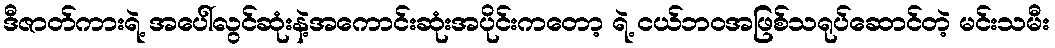
ဒီဇာတ်ကားရဲ့ အပေါ်လွင်ဆုံးနဲ့အကောင်းဆုံးအပိုင်းကတော့ ရဲ့ ငယ်ဘဝအဖြစ်သရုပ်ဆောင်တဲ့ မင်းသမီး